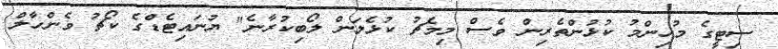
ސިޓީގެ މުހިންމު ކުޅުންތެރިން ވެސް މިމެޗު ކުޅެލަން ލޯބިކުރާނެ" ޔުނައިޓެޑްގެ ކޯޗު ވެންހާލް